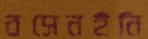
বসেনইনি